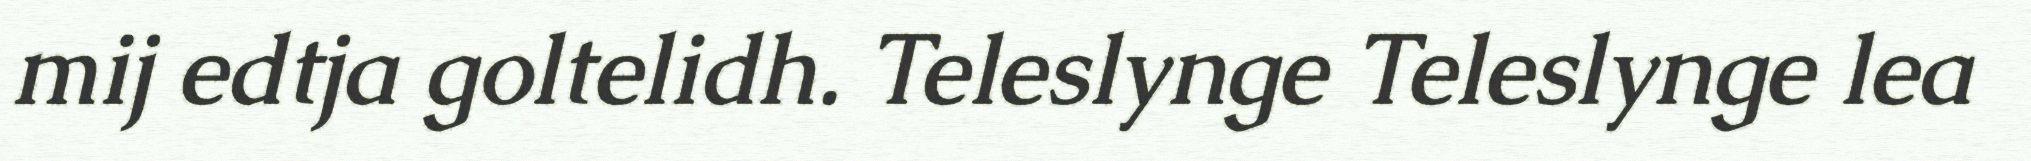
mij edtja goltelidh. Teleslynge Teleslynge lea